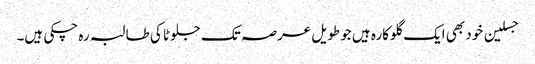
جسلین خود بھی ایک گلوکارہ ہیں جو طویل عرصہ تک جلوٹا کی طالبہ رہ چکی ہیں۔